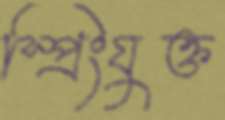
স্প্রিংযুক্ত